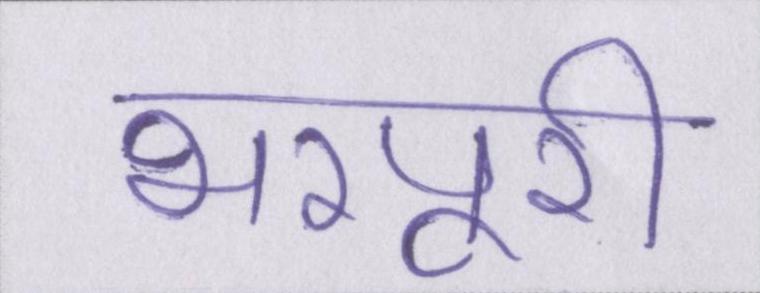
भरपूरी